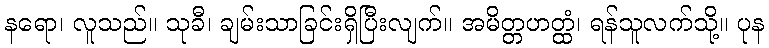
နရော၊ လူသည်။ သုခီ၊ ချမ်းသာခြင်းရှိပြီးလျက်။ အမိတ္တဟတ္ထံ၊ ရန်သူလက်သို့။ ပုန